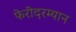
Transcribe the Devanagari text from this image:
फेरीदरम्यान